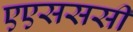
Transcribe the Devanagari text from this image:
एएसससी